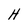
Character: H